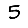
Digit: 5